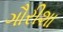
ગૌરીશા